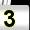
Digit: 3